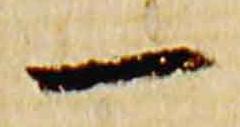
一